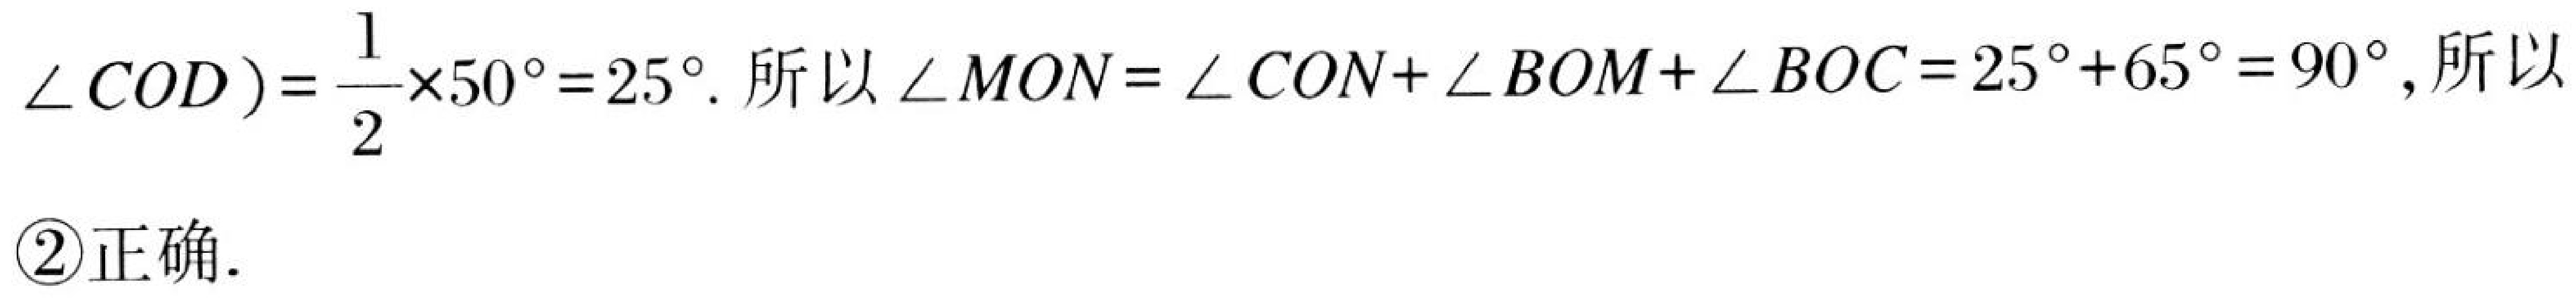
\(\angle COD))=\frac{1}{2}\times50^{\circ}=25^{\circ}\). 所以\(\angle MON=\angle CON+\angle BOM+\angle BOC = 25^{\circ}+65^{\circ}=90^{\circ}\), 所以
\textcircled{2}正确.